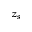
z _ { s }